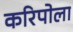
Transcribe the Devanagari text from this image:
करिपोला